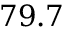
7 9 . 7